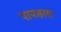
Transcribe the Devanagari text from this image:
पायसला